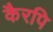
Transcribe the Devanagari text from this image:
कैरपि